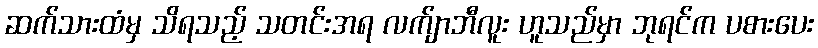
ဆက်သားထံမှ သိရသည့် သတင်းအရ လက်ျာဘီလူး ဟူသည်မှာ ဘုရင်က ပစားပေး